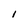
Character: i